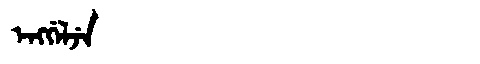
Manchu: ᡝᠩᡤᡝᠯᠵᡝ
Romanization: ENGGELJE